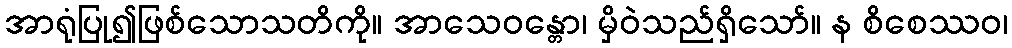
အာရုံပြု၍ဖြစ်သောသတိကို။ အာသေဝန္တော၊ မှိဝဲသည်ရှိသော်။ န စိစေဿဝ၊